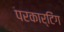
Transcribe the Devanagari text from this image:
परकार्टिंग